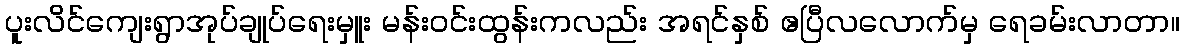
ပူးလိင်ကျေးရွာအုပ်ချုပ်ရေးမှူး မန်းဝင်းထွန်းကလည်း အရင်နှစ် ဧပြီလလောက်မှ ရေခမ်းလာတာ။